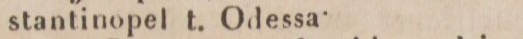
stantinopel t. Odessa.